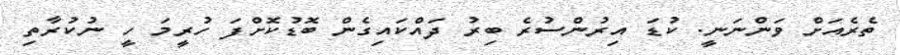
ތެރެއަށް ވަންނަނީ. ކުޑަ އިރުންސުރެ ބިރު ދައްކައިގެން ބޮޑުކޮށްފަ ހުރީމަ ހީ ނުކުރާތި